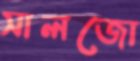
সালজো